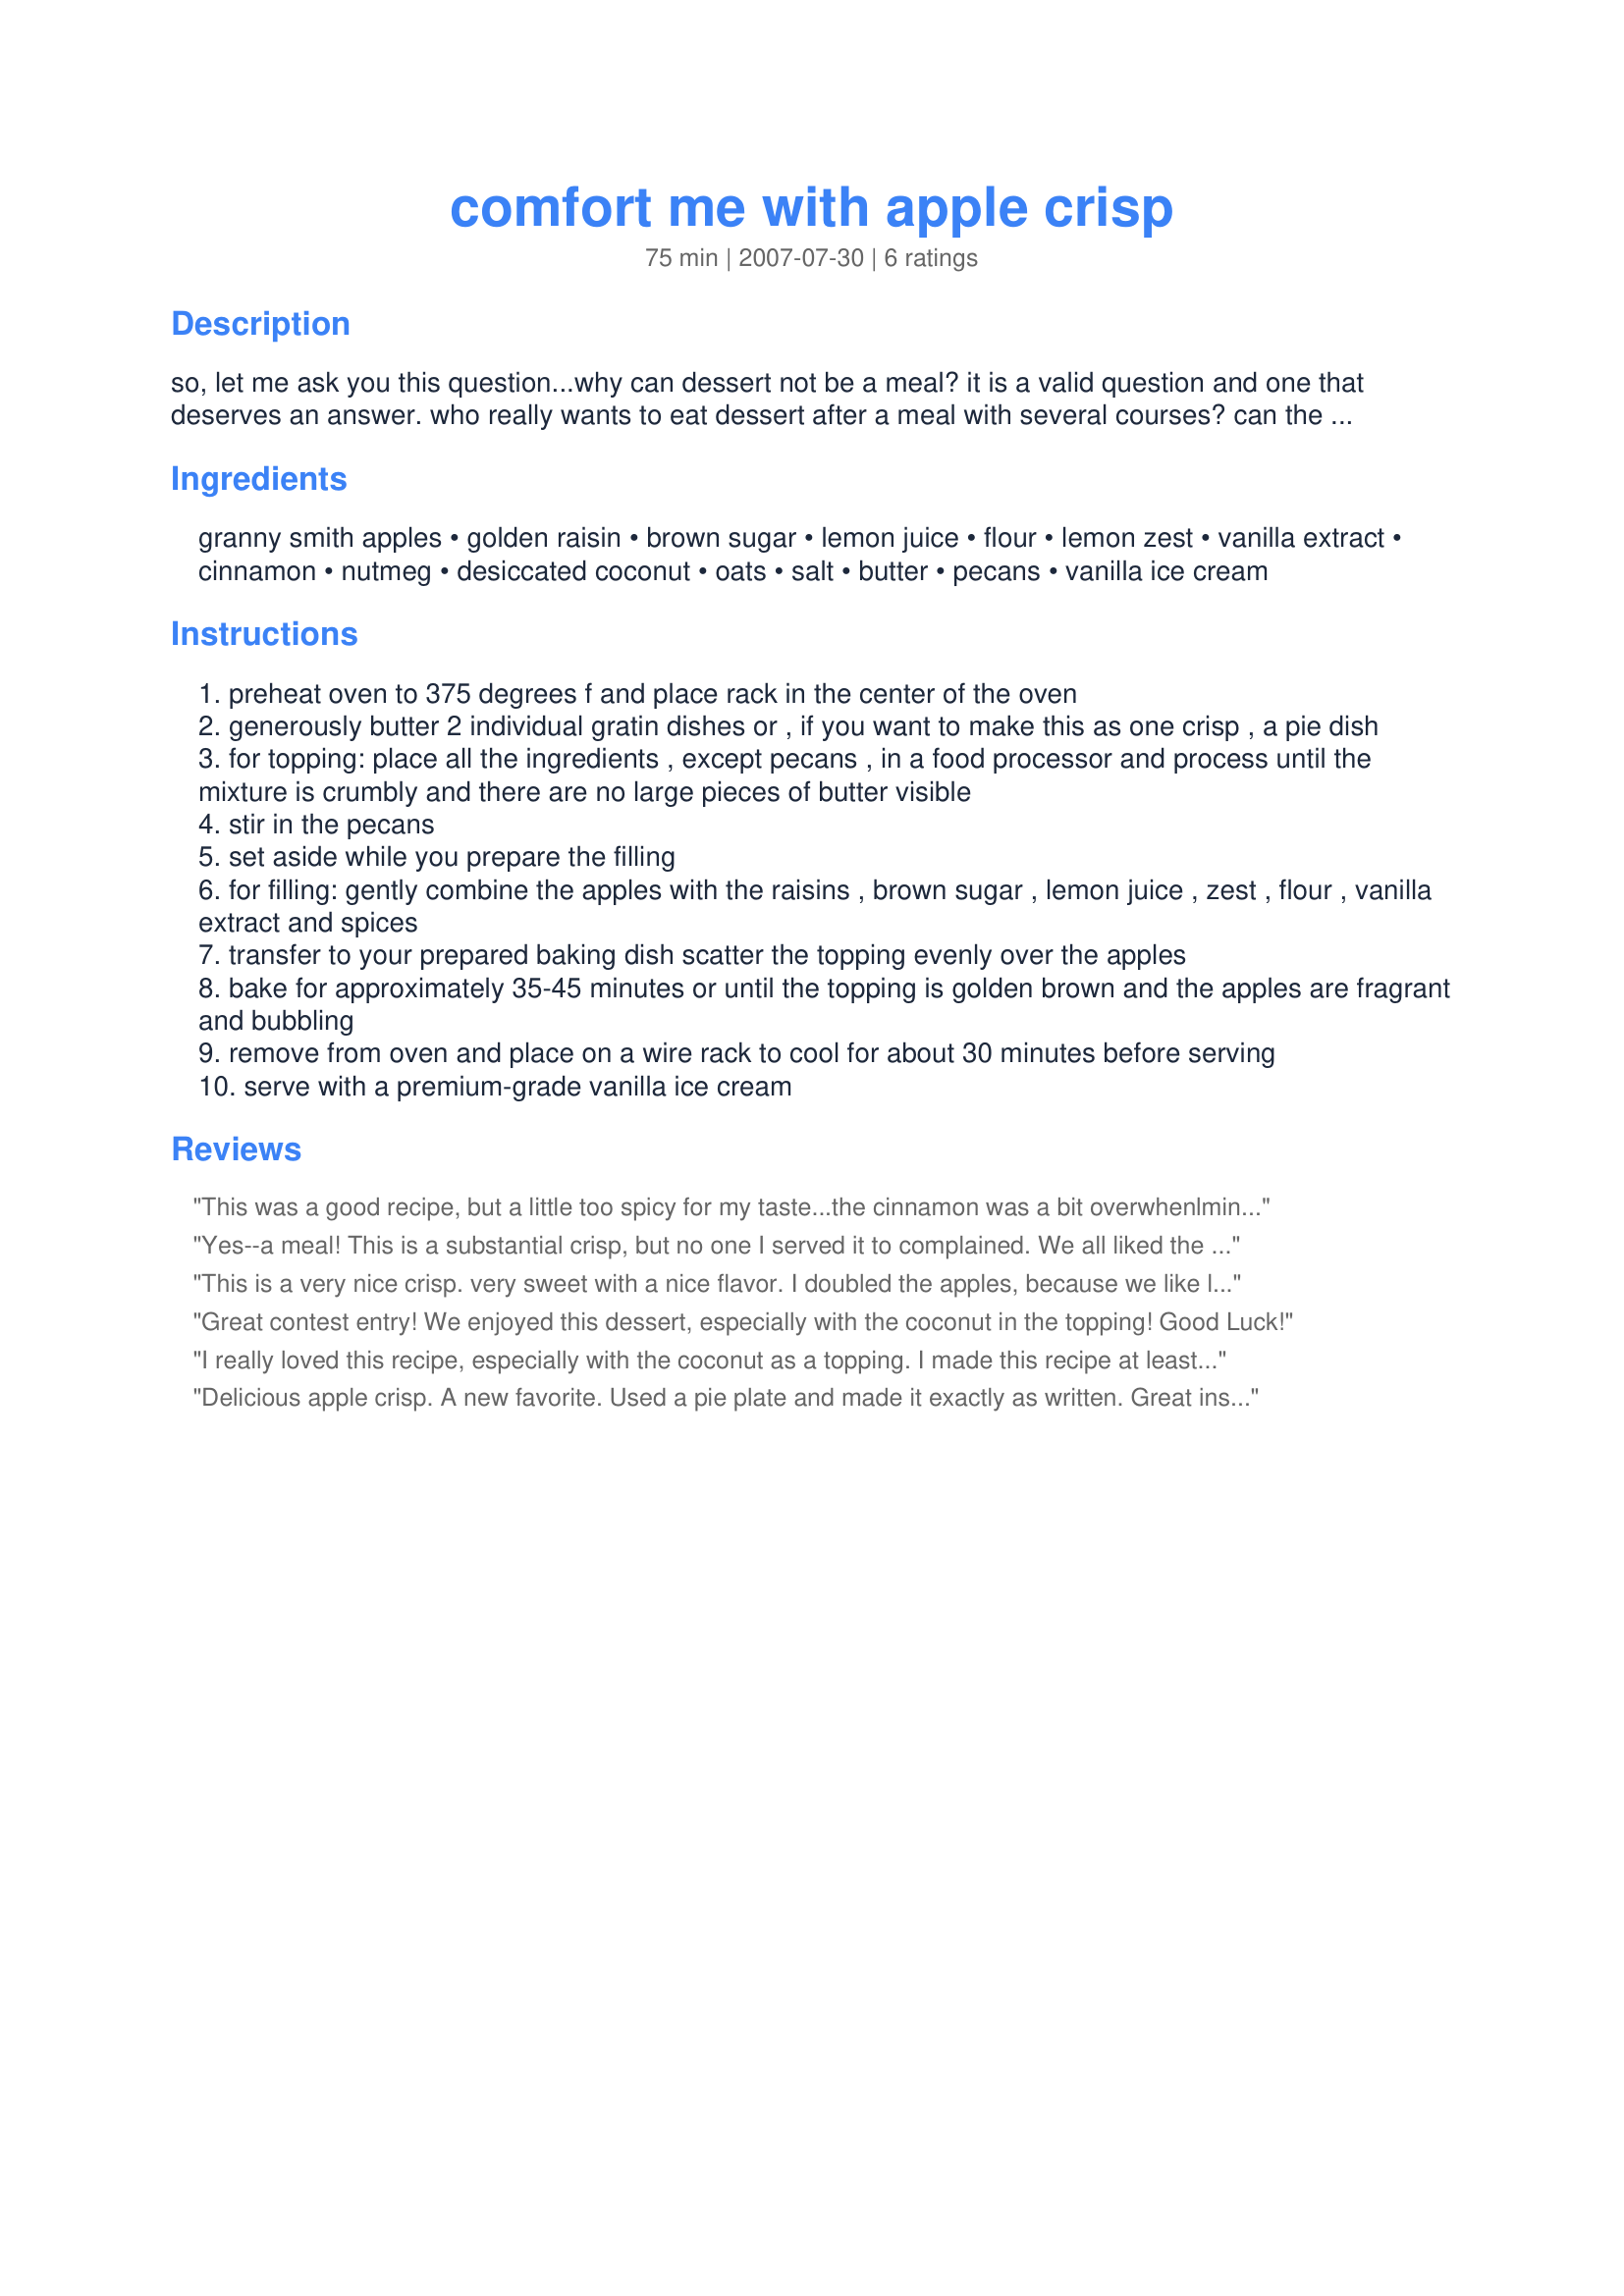
comfort me with apple crisp
Preparation time: 75 minutes

so, let me ask you this question...why can dessert not be a meal? it is a valid question and one that deserves an answer. who really wants to eat dessert after a meal with several courses? can the dessert not be the meal in its own right? i say yes and here's a recipe to prove it. there's nothing more comforting than the smell of apples and spices baking. this is a generous crisp - for 2-3 people to eat well and contentedly pat their well-fed bellies. be sure to serve warm - not hot - with a scoop of a very good vanilla ice cream. you will be well-fed. need no other sustenance. the apples will have comforted you and you can happily be on your way...

Ingredients:
granny smith apples, golden raisin, brown sugar, lemon juice, flour, lemon zest, vanilla extract, cinnamon, nutmeg, desiccated coconut, oats, salt, butter, pecans, vanilla ice cream

Steps:
preheat oven to 375 degrees f and place rack in the center of the oven
generously butter 2 individual gratin dishes or , if you want to make this as one crisp , a pie dish
for topping: place all the ingredients , except pecans , in a food processor and process until the mixture is crumbly and there are no large pieces of butter visible
stir in the pecans
set aside while you prepare the filling
for filling: gently combine the apples with the raisins , brown sugar , lemon juice , zest , flour , vanilla extract and spices
transfer to your prepared baking dish scatter the topping evenly over the apples
bake for approximately 35-45 minutes or until the topping is golden brown and the apples are fragrant and bubbling
remove from oven and place on a wire rack to cool for about 30 minutes before serving
serve with a premium-grade vanilla ice cream

Reviews:
This was a good recipe, but a little too spicy for my taste...the cinnamon was a bit overwhenlming for me, along with the vanilla, which I think could have been left out of the topping. I LOVED the addition of coconut in the topping...after processing it I couldn't really even tell it was there but it definitely added a nice touch. I didn't have oats so just added some extra pacans to the topping. Good entry for the contest...Good luck!
Yes--a meal! This is a substantial crisp, but no one I served it to complained. We all liked the fact that this was a crisp one could sink his teeth into--and we did and ate it all up. I really liked the hit of spice and took advantage of a break in the hot summer weather to enjoy a rich dessert served warm with some rich vanilla ice cream. Thank you, Chef!
This is a very nice crisp. very sweet with a nice flavor. I doubled the apples, because we like lots of apples in our crisps. 
It was tender and delicious. I especially enjoyed the addition of the coconut to the topping. I served this with a good quality vanilla ice cream, what a treat! Good use of contest ingredients. Good luck in the contest.
Great contest entry! We enjoyed this dessert, especially with the coconut in the topping! Good Luck!
I really loved this recipe, especially with the coconut as a topping. I made this recipe at least twice, and plan to make it again. I wouldn't changed this for the world. You laso didn't mention what kind of oats to use so I used oat bran, although I did suspect it was rolled oats. since the first time I made this was with oat bran it still turned out really good, and I used the oat bran again the second time around.
Delicious apple crisp. A new favorite. Used a pie plate and made it exactly as written. Great instructions too. Good luck with your entry.
